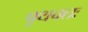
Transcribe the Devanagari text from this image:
पृथक्तः